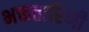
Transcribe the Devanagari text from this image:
भक्ततारिणी